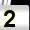
Digit: 2